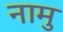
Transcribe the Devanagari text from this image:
नामु